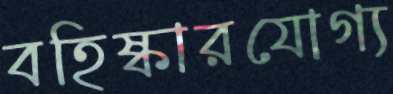
বহিষ্কারযোগ্য